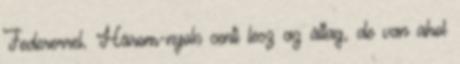
Federerrel. Három-nyolc centi lesz az átlag, de van ahol